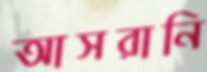
আসরানি